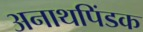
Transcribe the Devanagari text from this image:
अनाथपिंडक